Plague in India, 1896, 1897 - Volume 3
Year: 1896
Disease focus: Plague
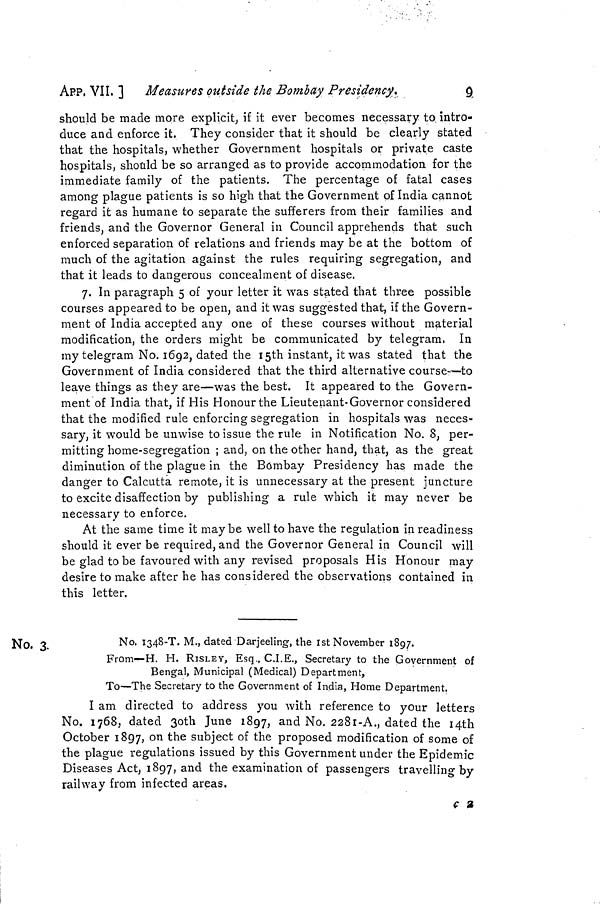
APP, VII, ] Measures outside the Bombay Presidency.
9
should be made more explicit, if it ever becomes necessary to intro-
duce and enforce it. They consider that it should be clearly stated
that the hospitals, whether Government hospitals or private caste
hospitals, should be so arranged as to provide accommodation for the
immediate family of the patients. The percentage of fatal cases
among plague patients is so high that the Government of India cannot
regard it as humane to separate the sufferers from their families and
friends, and the Governor General in Council apprehends that such
enforced separation of relations and friends may be at the bottom of
much of the agitation against the rules requiring segregation, and
that it leads to dangerous concealment of disease.
7. In paragraph 5 of your letter it was stated that three possible
courses appeared to be open, and it was suggested that, if the Govern-
ment of India accepted any one of these courses without material
modification, the orders might be communicated by telegram, In
my telegram No. 1692, dated the 15th instant, it was stated that the
Government of India considered that the third alternative course—to
leave things as they are—was the best. It appeared to the Govern-
ment of India that, if His Honour the Lieutenant-Governor considered
that the modified rule enforcing segregation in hospitals was neces-
sary, it would be unwise to issue the rule in Notification No. 8, per-
mitting home-segregation ; and, on the other hand, that, as the great
diminution of the plague in the Bombay Presidency has made the
danger to Calcutta remote, it is unnecessary at the present juncture
to excite disaffection by publishing a rule which it may never be
necessary to enforce.
At the same time it may be well to have the regulation in readiness
should it ever be required, and the Governor General in Council will
be glad to be favoured with any revised proposals His Honour may
desire to make after he has considered the observations contained in
this letter.
No, 3.
No. I348-T. M., dated Darjeeling, the 1st November 1897.
From—H. H. RISLEY, Esq., C.I.E., Secretary to the Government of
Bengal, Municipal (Medical) Department,
To—The Secretary to the Government of India, Home Department.
I am directed to address you with reference to your letters
No. 1768, dated 30th June 1897, and No. 2281-A., dated the 14th
October 1897, on the subject of the proposed modification of some of
the plague regulations issued by this Government under the Epidemic
Diseases Act, 1897, and the examination of passengers travelling by
railway from infected areas.
c2